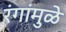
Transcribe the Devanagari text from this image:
रंगांमुळे